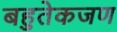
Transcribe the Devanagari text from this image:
बहुतेकजण